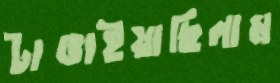
টাঙাইয়াছিলাম